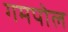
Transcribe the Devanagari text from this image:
गमपोल